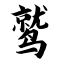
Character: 鹫